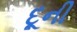
દૂની